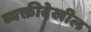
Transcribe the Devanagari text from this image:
व्यक्तीदेखील